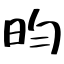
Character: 昀